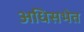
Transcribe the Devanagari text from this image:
अधिसभेत